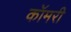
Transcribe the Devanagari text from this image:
कॉमरी